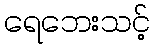
ရေဘေးသင့်